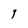
Character: l